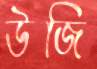
উজি